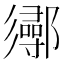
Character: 𨟌